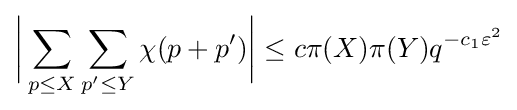
{\biggl |}\sum \limits _{p\leq X}\sum \limits _{p'\leq Y}\chi (p+p'){\biggr |}\leq c\pi (X)\pi (Y)q^{-c_{1}\varepsilon ^{2}}